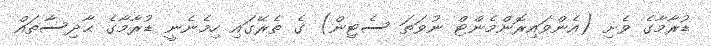
ޑުރާމާގެ ވެށި (އެންވައިރޮންމެންޓް ނުވަތަ ސެޓިން) ގެ ތެރޭގައި ހިމެނެނީ ޑުރާމާގެ ޙާދިސާތައް